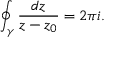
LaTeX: \oint _ { \gamma } { \frac { d z } { z - z _ { 0 } } } = 2 \pi i .